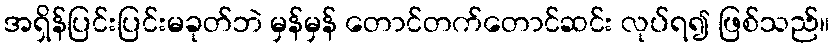
အရှိန်ပြင်းပြင်းမခုတ်ဘဲ မှန်မှန် တောင်တက်တောင်ဆင်း လုပ်ရ၍ ဖြစ်သည်။